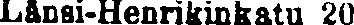
Länsi-Henrikinkatu 20